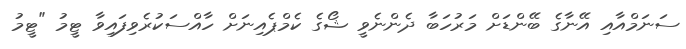
ސަނަމްއާއި އޭނާގެ ބޭންޑަށް މަރުހަބާ ދެންނެވީ ޝޯގެ ކެމްޕެއިނަށް ހާއްސަކުރެވިފައިވާ ޓީމު "ޓީމު